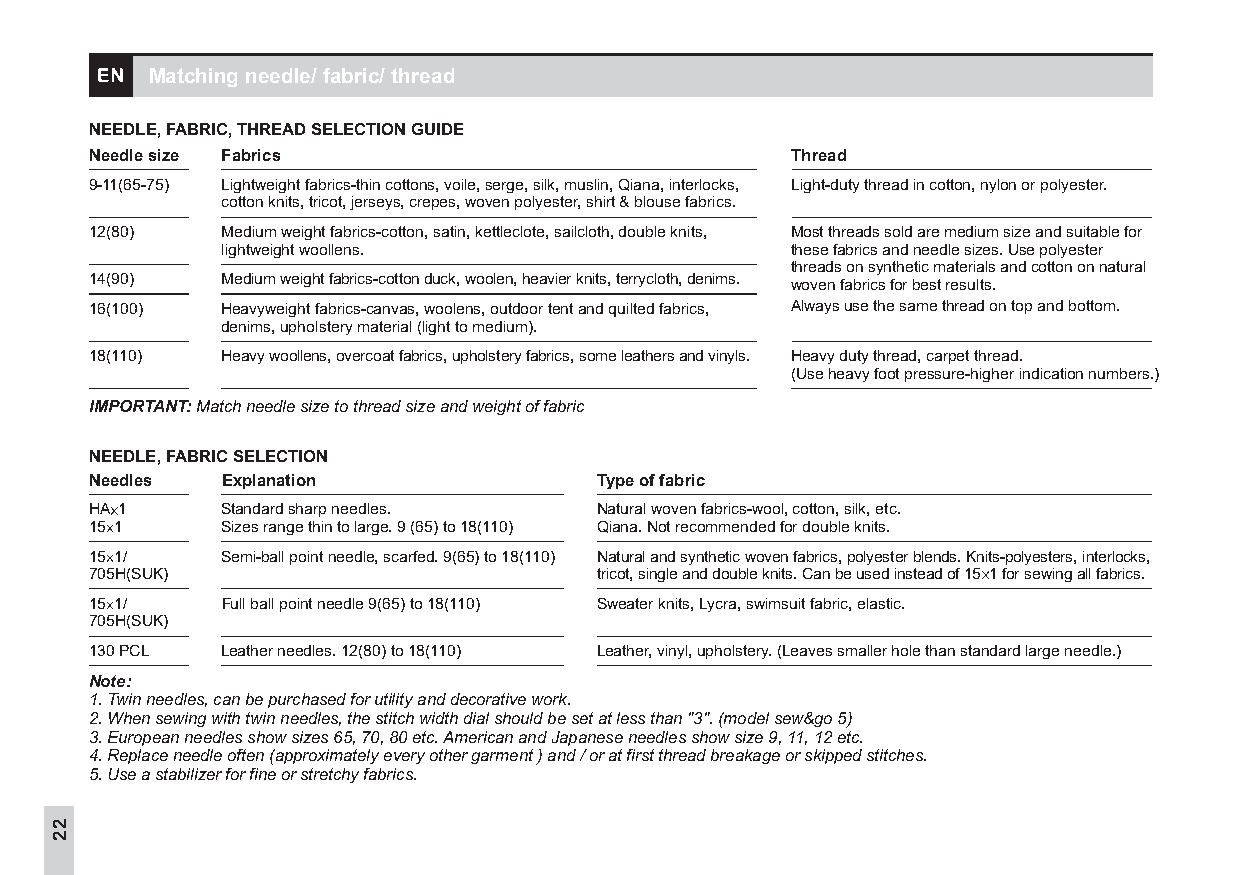
Matchingneedle/fabric/thread
 NEEDLE,FABRIC,THREADSELECTIONGUIDE
 Needlesize Fabrics                            Thread
 9-11(65-75) Lightweightfabrics-thincottons,voile,serge,silk,muslin,Qiana,interlocks, Light-dutythreadincotton,nylonorpolyester.
 cottonknits,tricot,jerseys,crepes,wovenpolyester,shirt&blousefabrics.
 12(80)   Mediumweightfabrics-cotton,satin,kettleclote,sailcloth,doubleknits, Mostthreadssoldaremediumsizeandsuitablefor
 lightweightwoollens.                 thesefabricsandneedlesizes.Usepolyester
 threadsonsyntheticmaterialsandcottononnatural
 14(90)   Mediumweightfabrics-cottonduck,woolen,heavierknits,terrycloth,denims. wovenfabricsforbestresults.
 16(100)  Heavyweightfabrics-canvas,woolens,outdoortentandquiltedfabrics, Alwaysusethesamethreadontopandbottom.
 denims,upholsterymaterial(lighttomedium).
 18(110)  Heavywoollens,overcoatfabrics,upholsteryfabrics,someleathersandvinyls. Heavydutythread,carpetthread.
 (Useheavyfootpressure-higherindicationnumbers.)
 IMPORTANT:Matchneedlesizetothreadsizeandweightoffabric
 NEEDLE,FABRICSELECTION
 Needles  Explanation             Typeoffabric
 HA 1     Standardsharpneedles.   Naturalwovenfabrics-wool,cotton,silk,etc.
 15 1     Sizesrangethintolarge.9(65)to18(110) Qiana.Notrecommendedfordoubleknits.
 15 1/    Semi-ballpointneedle,scarfed.9(65)to18(110) Naturalandsyntheticwovenfabrics,polyesterblends.Knits-polyesters,interlocks,
 705H(SUK)                        tricot,singleanddoubleknits.Canbeusedinsteadof15 1forsewingallfabrics.
 15 1/    Fullballpointneedle9(65)to18(110) Sweaterknits,Lycra,swimsuitfabric,elastic.
 705H(SUK)
 130PCL   Leatherneedles.12(80)to18(110) Leather,vinyl,upholstery.(Leavessmallerholethanstandardlargeneedle.)
 Note:
 1.Twinneedles,canbepurchasedforutilityanddecorativework.
 2.Whensewingwithtwinneedles,thestitchwidthdialshouldbesetatlessthan"3".(modelsew&go5)
 3.Europeanneedlesshowsizes65,70,80etc.AmericanandJapaneseneedlesshowsize9,11,12etc.
 4.Replaceneedleoften(approximatelyeveryothergarment)and/oratfirstthreadbreakageorskippedstitches.
 5.Useastabilizerforfineorstretchyfabrics.
 2
 2